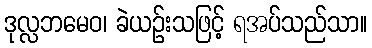
ဒုလ္လဘမေဝ၊ ခဲယဉ်းသဖြင့် ရအပ်သည်သာ။